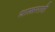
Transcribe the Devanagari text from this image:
शास्त्रमात्री